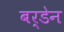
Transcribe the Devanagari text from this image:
बर्डेन